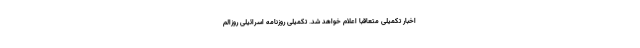
اخبار تکمیلی متعاقبا اعلام خواهد شد. تکمیلی روزنامه اسرائیلی روزالم